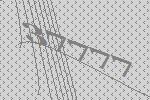
37777